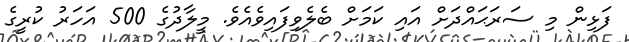
ފަޅިން މި ސަރަޙައްދަށް އައި ކަމަށް ބެލެވިފައިވެއެވެ. މީލާދުގެ 500 އަހަރު ކުރީގެ